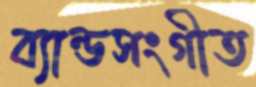
ব্যান্ডসংগীত